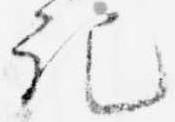
記